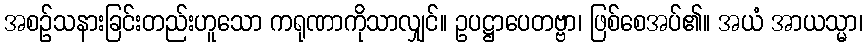
အစဉ်သနားခြင်းတည်းဟူသော ကရုဏာကိုသာလျှင်။ ဥပဋ္ဌာပေတဗ္ဗာ၊ ဖြစ်စေအပ်၏။ အယံ အာယသ္မာ၊